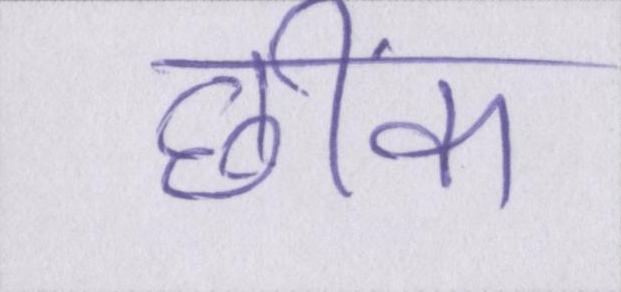
छींक